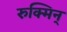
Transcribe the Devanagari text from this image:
रुक्मिन्‌